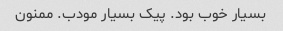
بسیار خوب بود. پیک بسیار مودب. ممنون